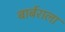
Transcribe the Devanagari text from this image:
बार्बराला